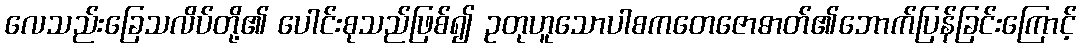
လေသည်းခြေသလိပ်တို့၏ ပေါင်းစုသည်ဖြစ်၍ ဥတုဟူသောပါစကတေဇောဓာတ်၏ဘောက်ပြန်ခြင်းကြောင့်